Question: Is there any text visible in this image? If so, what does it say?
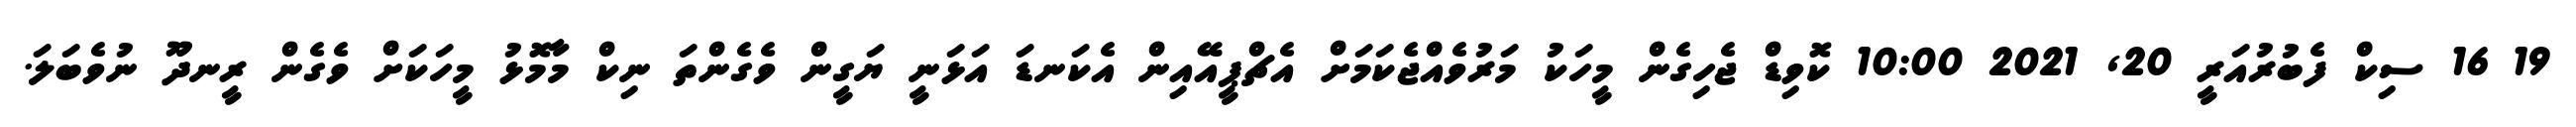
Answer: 19 16 ސިކް ފެބުރުއަރީ 20, 2021 10:00 ކޮވިޑް ޖެހިގެން މީހަކު މަރުވެއްޖެކަމަށް އެޗްޕީއޭއިން އެކަނޑަ އަޅަނީ ޔަގީން ވެގެންތަ ނިކް މާމޮޅު މީހަކަށް ވެގެން ރީނދޫ ނުވެބަލަ.